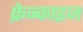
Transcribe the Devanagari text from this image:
फ्रेन्‍काइज